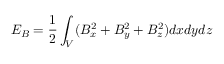
E _ { B } = \frac { 1 } { 2 } \int _ { V } ( B _ { x } ^ { 2 } + B _ { y } ^ { 2 } + B _ { z } ^ { 2 } ) d x d y d z